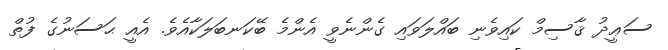
ސަޢީދު ޤާސިމް ކައިވެނި ބައްލަވައި ގެންނެވީ އެންމެ ބޭކަނބަލަކާއެވެ. އެއީ ޙަސަނުގެ ފުތް